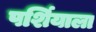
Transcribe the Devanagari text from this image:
पर्शियाला